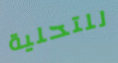
للتحلية